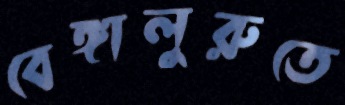
বেঙ্গালুরুতে